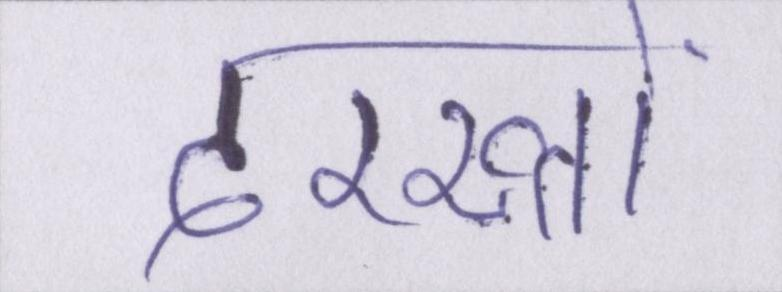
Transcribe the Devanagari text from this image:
दरख्तों